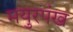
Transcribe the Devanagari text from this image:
मयुरपंख